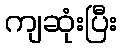
ကျဆုံးပြီး